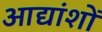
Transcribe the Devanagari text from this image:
आद्यांशों